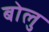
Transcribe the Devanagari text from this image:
बोलु